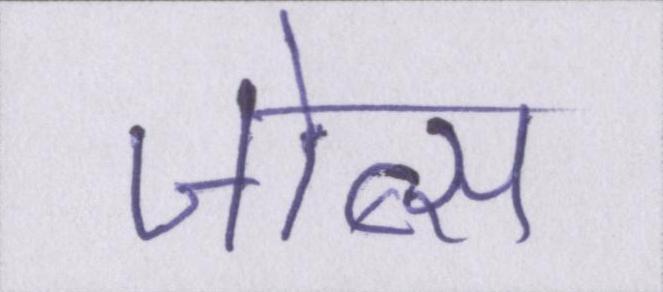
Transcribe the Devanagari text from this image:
जोब्स